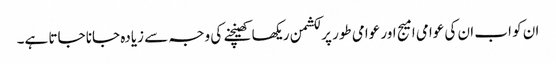
ان کو اب ان کی عوامی امیج اور عوامی طور پر لکشمن ریکھا کھینچنے کی وجہ سے زیادہ جانا جاتا ہے۔